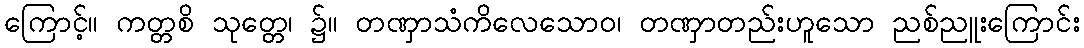
ကြောင့်။ ကတ္တစိ သုတ္တေ၊ ၌။ တဏှာသံကိလေသောဝ၊ တဏှာတည်းဟူသော ညစ်ညူးကြောင်း